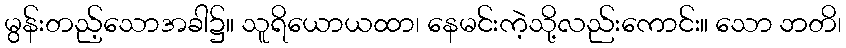
မွန်းတည့်သောအခါ၌။ သူရိယောယထာ၊ နေမင်းကဲ့သို့လည်းကောင်း။ သော ဘတိ၊